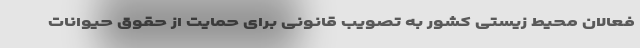
فعالان محیط زیستی کشور به تصویب قانونی برای حمایت از حقوق حیوانات